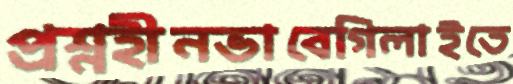
প্রশ্নহীনভাবেগিলাইতে